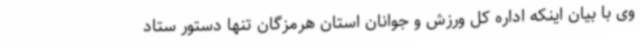
وی با بیان اینکه اداره کل ورزش و جوانان استان هرمزگان تنها دستور ستاد